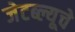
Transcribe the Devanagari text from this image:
जेटब्ल्यूचे